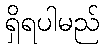
ရှိရပါမည်